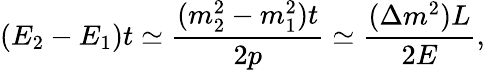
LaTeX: (E_{2}-E_{1})t\simeq{\frac{(m_{2}^{2}-m_{1}^{2})t}{2p}}\simeq{\frac{(\Delta m^{2})L}{2E}},